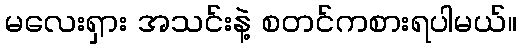
မလေးရှား အသင်းနဲ့ စတင်ကစားရပါမယ်။